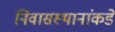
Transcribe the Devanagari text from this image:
निवासस्थानांकडे